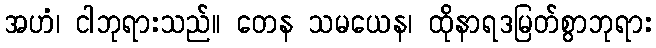
အဟံ၊ ငါဘုရားသည်။ တေန သမယေန၊ ထိုနာရဒမြတ်စွာဘုရား